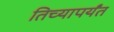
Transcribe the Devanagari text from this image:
तिच्यापर्यंत